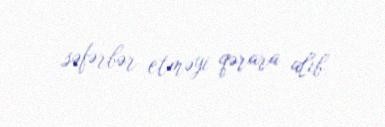
səfərbər etməyi qərara alıb.